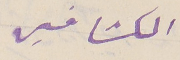
الكشافين